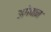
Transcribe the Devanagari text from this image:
अगेवान